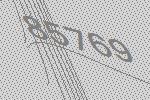
85769